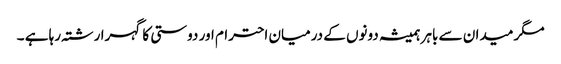
مگر میدان سے باہر ہمیشہ دونوں کے درمیان احترام اور دوستی کا گہرا رشتہ رہا ہے ۔